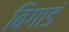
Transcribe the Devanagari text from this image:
बिगाडं